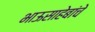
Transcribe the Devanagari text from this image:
भाऊसाहेबांचे